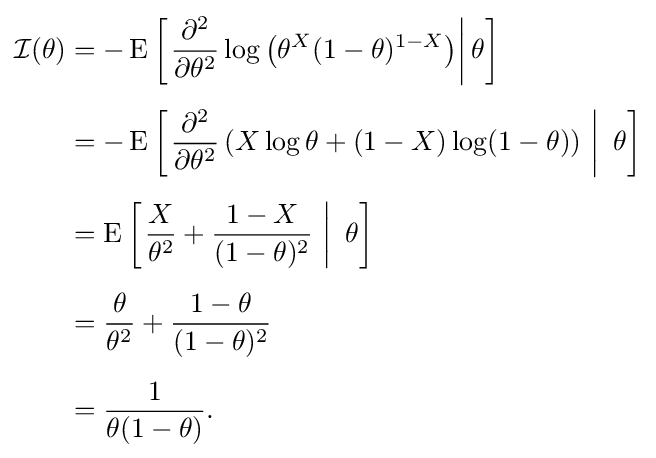
{\begin{aligned}{\mathcal {I}}(\theta )&=-\operatorname {E} \left[\left.{\frac {\partial ^{2}}{\partial \theta ^{2}}}\log \left(\theta ^{X}(1-\theta )^{1-X}\right)\right|\theta \right]\\[5pt]&=-\operatorname {E} \left[\left.{\frac {\partial ^{2}}{\partial \theta ^{2}}}\left(X\log \theta +(1-X)\log(1-\theta )\right)\,\,\right|\,\,\theta \right]\\[5pt]&=\operatorname {E} \left[\left.{\frac {X}{\theta ^{2}}}+{\frac {1-X}{(1-\theta )^{2}}}\,\,\right|\,\,\theta \right]\\[5pt]&={\frac {\theta }{\theta ^{2}}}+{\frac {1-\theta }{(1-\theta )^{2}}}\\[5pt]&={\frac {1}{\theta (1-\theta )}}.\end{aligned}}